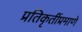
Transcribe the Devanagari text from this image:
प्रतिकृतींप्रमाणे